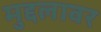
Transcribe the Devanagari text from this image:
मुद्दलावर